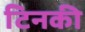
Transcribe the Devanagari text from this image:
टिनकी